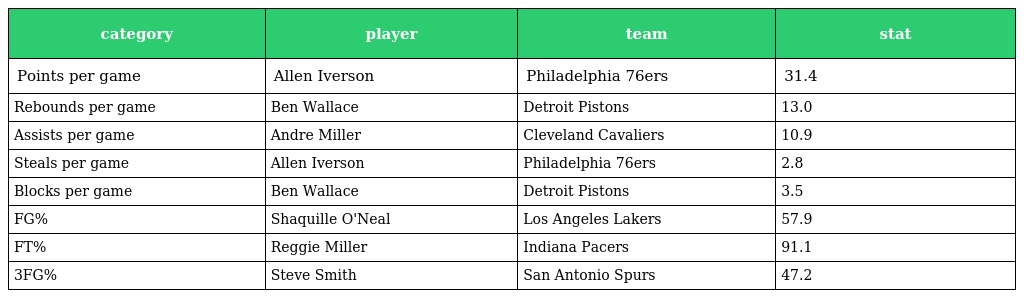
| category | player | team | stat |
 | --- | --- | --- | --- |
 | Points per game | Allen Iverson | Philadelphia 76ers | 31.4 |
 | Rebounds per game | Ben Wallace | Detroit Pistons | 13.0 |
 | Assists per game | Andre Miller | Cleveland Cavaliers | 10.9 |
 | Steals per game | Allen Iverson | Philadelphia 76ers | 2.8 |
 | Blocks per game | Ben Wallace | Detroit Pistons | 3.5 |
 | FG% | Shaquille O'Neal | Los Angeles Lakers | 57.9 |
 | FT% | Reggie Miller | Indiana Pacers | 91.1 |
 | 3FG% | Steve Smith | San Antonio Spurs | 47.2 |